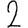
Digit: 2